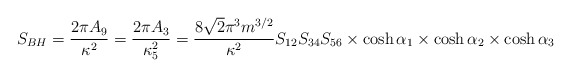
\begin{align*}S_{BH} = \frac{2\pi A_9}{\kappa^2} = \frac{2\pi A_3}{\kappa^2_5}= \frac{8\sqrt{2}\pi^3m^{3/2}}{\kappa^2} S_{12}S_{34}S_{56} \times\cosh\alpha_1 \times \cosh \alpha_2 \times \cosh \alpha_3\end{align*}